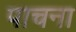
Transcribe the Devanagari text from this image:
पाचना